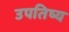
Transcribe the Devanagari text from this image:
उपतिष्य